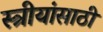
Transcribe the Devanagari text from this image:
स्त्रीयांसाठी